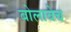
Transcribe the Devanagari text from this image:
बोलावेच